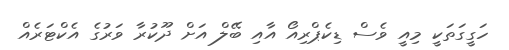
ހަގީގަތަކީ މިއީ ވެސް ޑިކެޕްރިއޯ އާއި ބޭލް އަށް ދޫކުރާ ވަރުގެ އެކްޓަރެއް